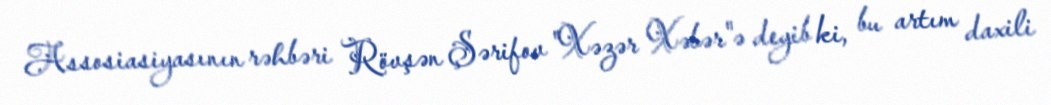
Assosiasiyasının rəhbəri Rövşən Şərifov "Xəzər Xəbər"ə deyib ki, bu artım daxili